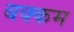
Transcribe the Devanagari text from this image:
बक्कम